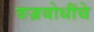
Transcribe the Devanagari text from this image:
वज्रबोधींचे